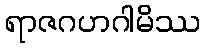
ရာဇဂဟဂါမိဿ